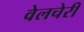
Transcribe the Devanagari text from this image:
वेलचेरी